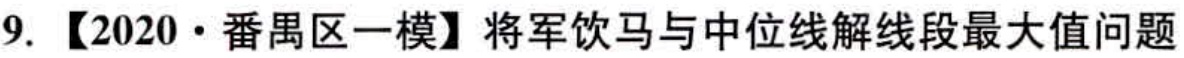
9. 【2020·番禺区一模】将军饮马与中位线解线段最大值问题